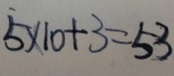
5 \times 1 0 + 3 = 5 3